Report of the Indian Hemp Drugs Commission, 1894-1895 - Volume IV
Year: 1894
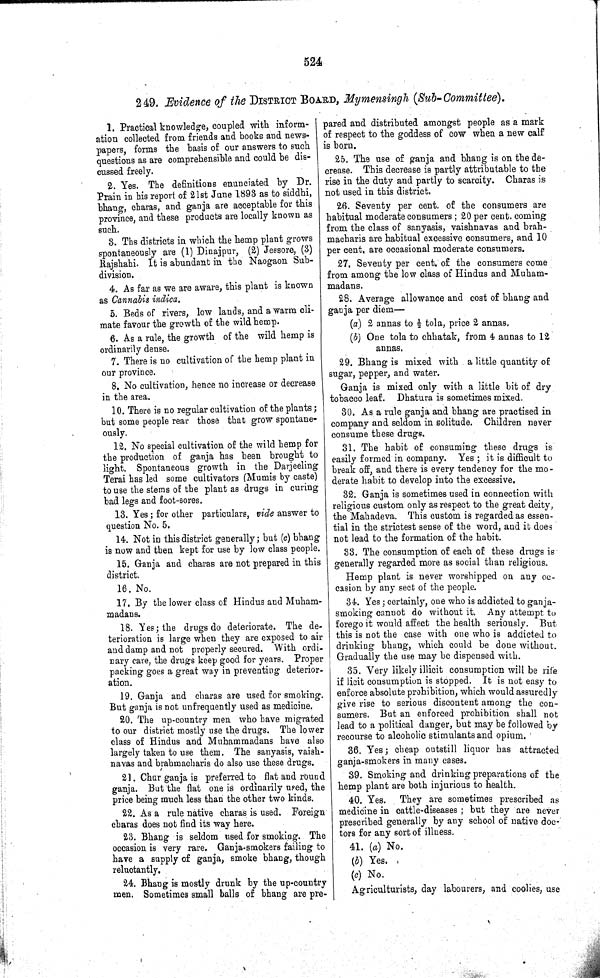
524
249. Evidence of the DISTRICT BOARD, Mymensingh (Sub-Committee).
1. Practical knowledge, coupled with inform-
ation collected from friends and books and news-
papers, forms the basis of our answers to such
questions as are comprehensible and could be dis-
cussed freely.
2. Yes. The definitions enunciated by Dr.
Prain in his report of 21st June 1893 as to siddhi,
bhang, charas, and ganja are acceptable for this
province, and these products are locally known as
such.
3. Ths districts in which the hemp plant grows
spontaneously are (1) Dinajpur, (2) Jessore, (3)
Rajshahi. It is abundant in the Naogaon Sub-
division.
4. As far as we are aware, this plant is known
as Cannabis indica.
5. Beds of rivers, low lands, and a warm cli-
mate favour the growth of the wild hemp.
6. As a rule, the growth of the wild hemp is
ordinarily dense.
7. There is no cultivation of the hemp plant in
our province.
8. No cultivation, hence no increase or decrease
in the area.
10. There is no regular cultivation of the plants;
but some people rear those that grow spontane-
ously.
12. No special cultivation of the wild hemp for
the production of ganja has been brought to
light. Spontaneous growth in the Darjeeling
Terai has led some cultivators (Mumis by caste)
to use the stems of the plant as drugs in curing
bad legs and foot-sores.
13. Yes; for other particulars, vide answer to
question No. 5.
14. Not in this district generally; but (c) bhang
is now and then kept for use by low class people.
15. Ganja and charas are not prepared in this
district.
16. No.
17. By the lower class of Hindus and Muham-
madans.
18. Yes; the drugs do deteriorate. The de-
terioration is large when they are exposed to air
and damp and not properly secured. With ordi-
nary care, the drugs keep good for years. Proper
packing goes a great way in preventing deterior-
ation.
19. Ganja and charas are used for smoking.
But ganja is not unfrequently used as medicine.
20. The up-country men who have migrated
to our district mostly use the drugs. The lower
class of Hindus and Muhammadans have also
largely taken to use them. The sanyasis, vaish-
navas and brahmacharis do also use these drugs.
21. Chur ganja is preferred to flat and round
ganja. But the flat one is ordinarily used, the
price being much less than the other two kinds.
22. As a rule native charas is used. Foreign
charas does not find its way here.
23. Bhang is seldom used for smoking. The
occasion is very rare. Ganja-smokers failing to
have a supply of ganja, smoke bhang, though
reluctantly.
24. Bhang is mostly drunk by the up-country
men. Sometimes small balls of bhang are pre-
pared and distributed amongst people as a mark
of respect to the goddess of cow when a new calf
is born.
25. The use of ganja and bhang is on the de-
crease. This decrease is partly attributable to the
rise in the duty and partly to scarcity. Charas is
not used in this district.
26. Seventy per cent. of the consumers are
habitual moderate consumers; 20 per cent. coming
from the class of sanyasis, vaishnavas and brah-
macharis are habitual excessive consumers, and 10
per cent. are occasional moderate consumers.
27. Seventy per cent. of the consumers come
from among the low class of Hindus and Muham-
madans.
28. Average allowance and cost of bhang and
ganja per diem—
(a) 2 annas to 1/2 tola, price 2 annas.
(b) One tola to chhatak, from 4 annas to 12
annas.
29. Bhang is mixed with a little quantity of
sugar, pepper, and water.
Ganja is mixed only with a little bit of dry
tobacco leaf. Dhatura is sometimes mixed.
30. As a rule ganja and bhang are practised in
company and seldom in solitude. Children never
consume these drugs.
31. The habit of consuming these drugs is
easily formed in company. Yes; it is difficult to
break off, and there is every tendency for the mo-
derate habit to develop into the excessive.
32. Ganja is sometimes used in connection with
religious custom only as respect to the great deity,
the Mahadeva. This custom is regarded as essen-
tial in the strictest sense of the word, and it does
not lead to the formation of the habit.
33. The consumption of each of these drugs is
generally regarded more as social than religious.
Hemp plant is never worshipped on any oc-
casion by any sect of the people.
34. Yes; certainly, one who is addicted to ganja-
smoking cannot do without it. Any attempt to
forego it would affect the health seriously. But
this is not the case with one who is addicted to
drinking bhang, which could be done without.
Gradually the use may be dispensed with.
35. Very likely illicit consumption will be rife
if licit consumption is stopped. It is not easy to
enforce absolute prohibition, which would assuredly
give rise to serious discontent among the con-
sumers. But an enforced prohibition shall not
lead to a political danger, but may be followed by
recourse to alcoholic stimulants and opium.
36. Yes; cheap outstill liquor has attracted
ganja-smokers in many cases.
39. Smoking and drinking preparations of the
hemp plant are both injurious to health.
40. Yes. They are sometimes prescribed as
medicine in cattle-diseases; but they are never
prescribed generally by any school of native doc-
tors for any sort of illness.
41. (a) No.
(b) Yes.
(c) No.
Agriculturists, day labourers, and coolies, use